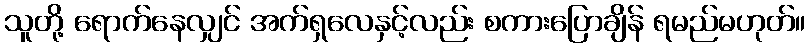
သူတို့ ရောက်နေလျှင် အက်ရှလေနှင့်လည်း စကားပြောချိန် ရမည်မဟုတ်။